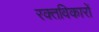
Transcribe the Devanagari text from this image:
रक्तविकारों